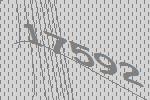
17592